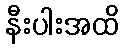
နီးပါးအထိ